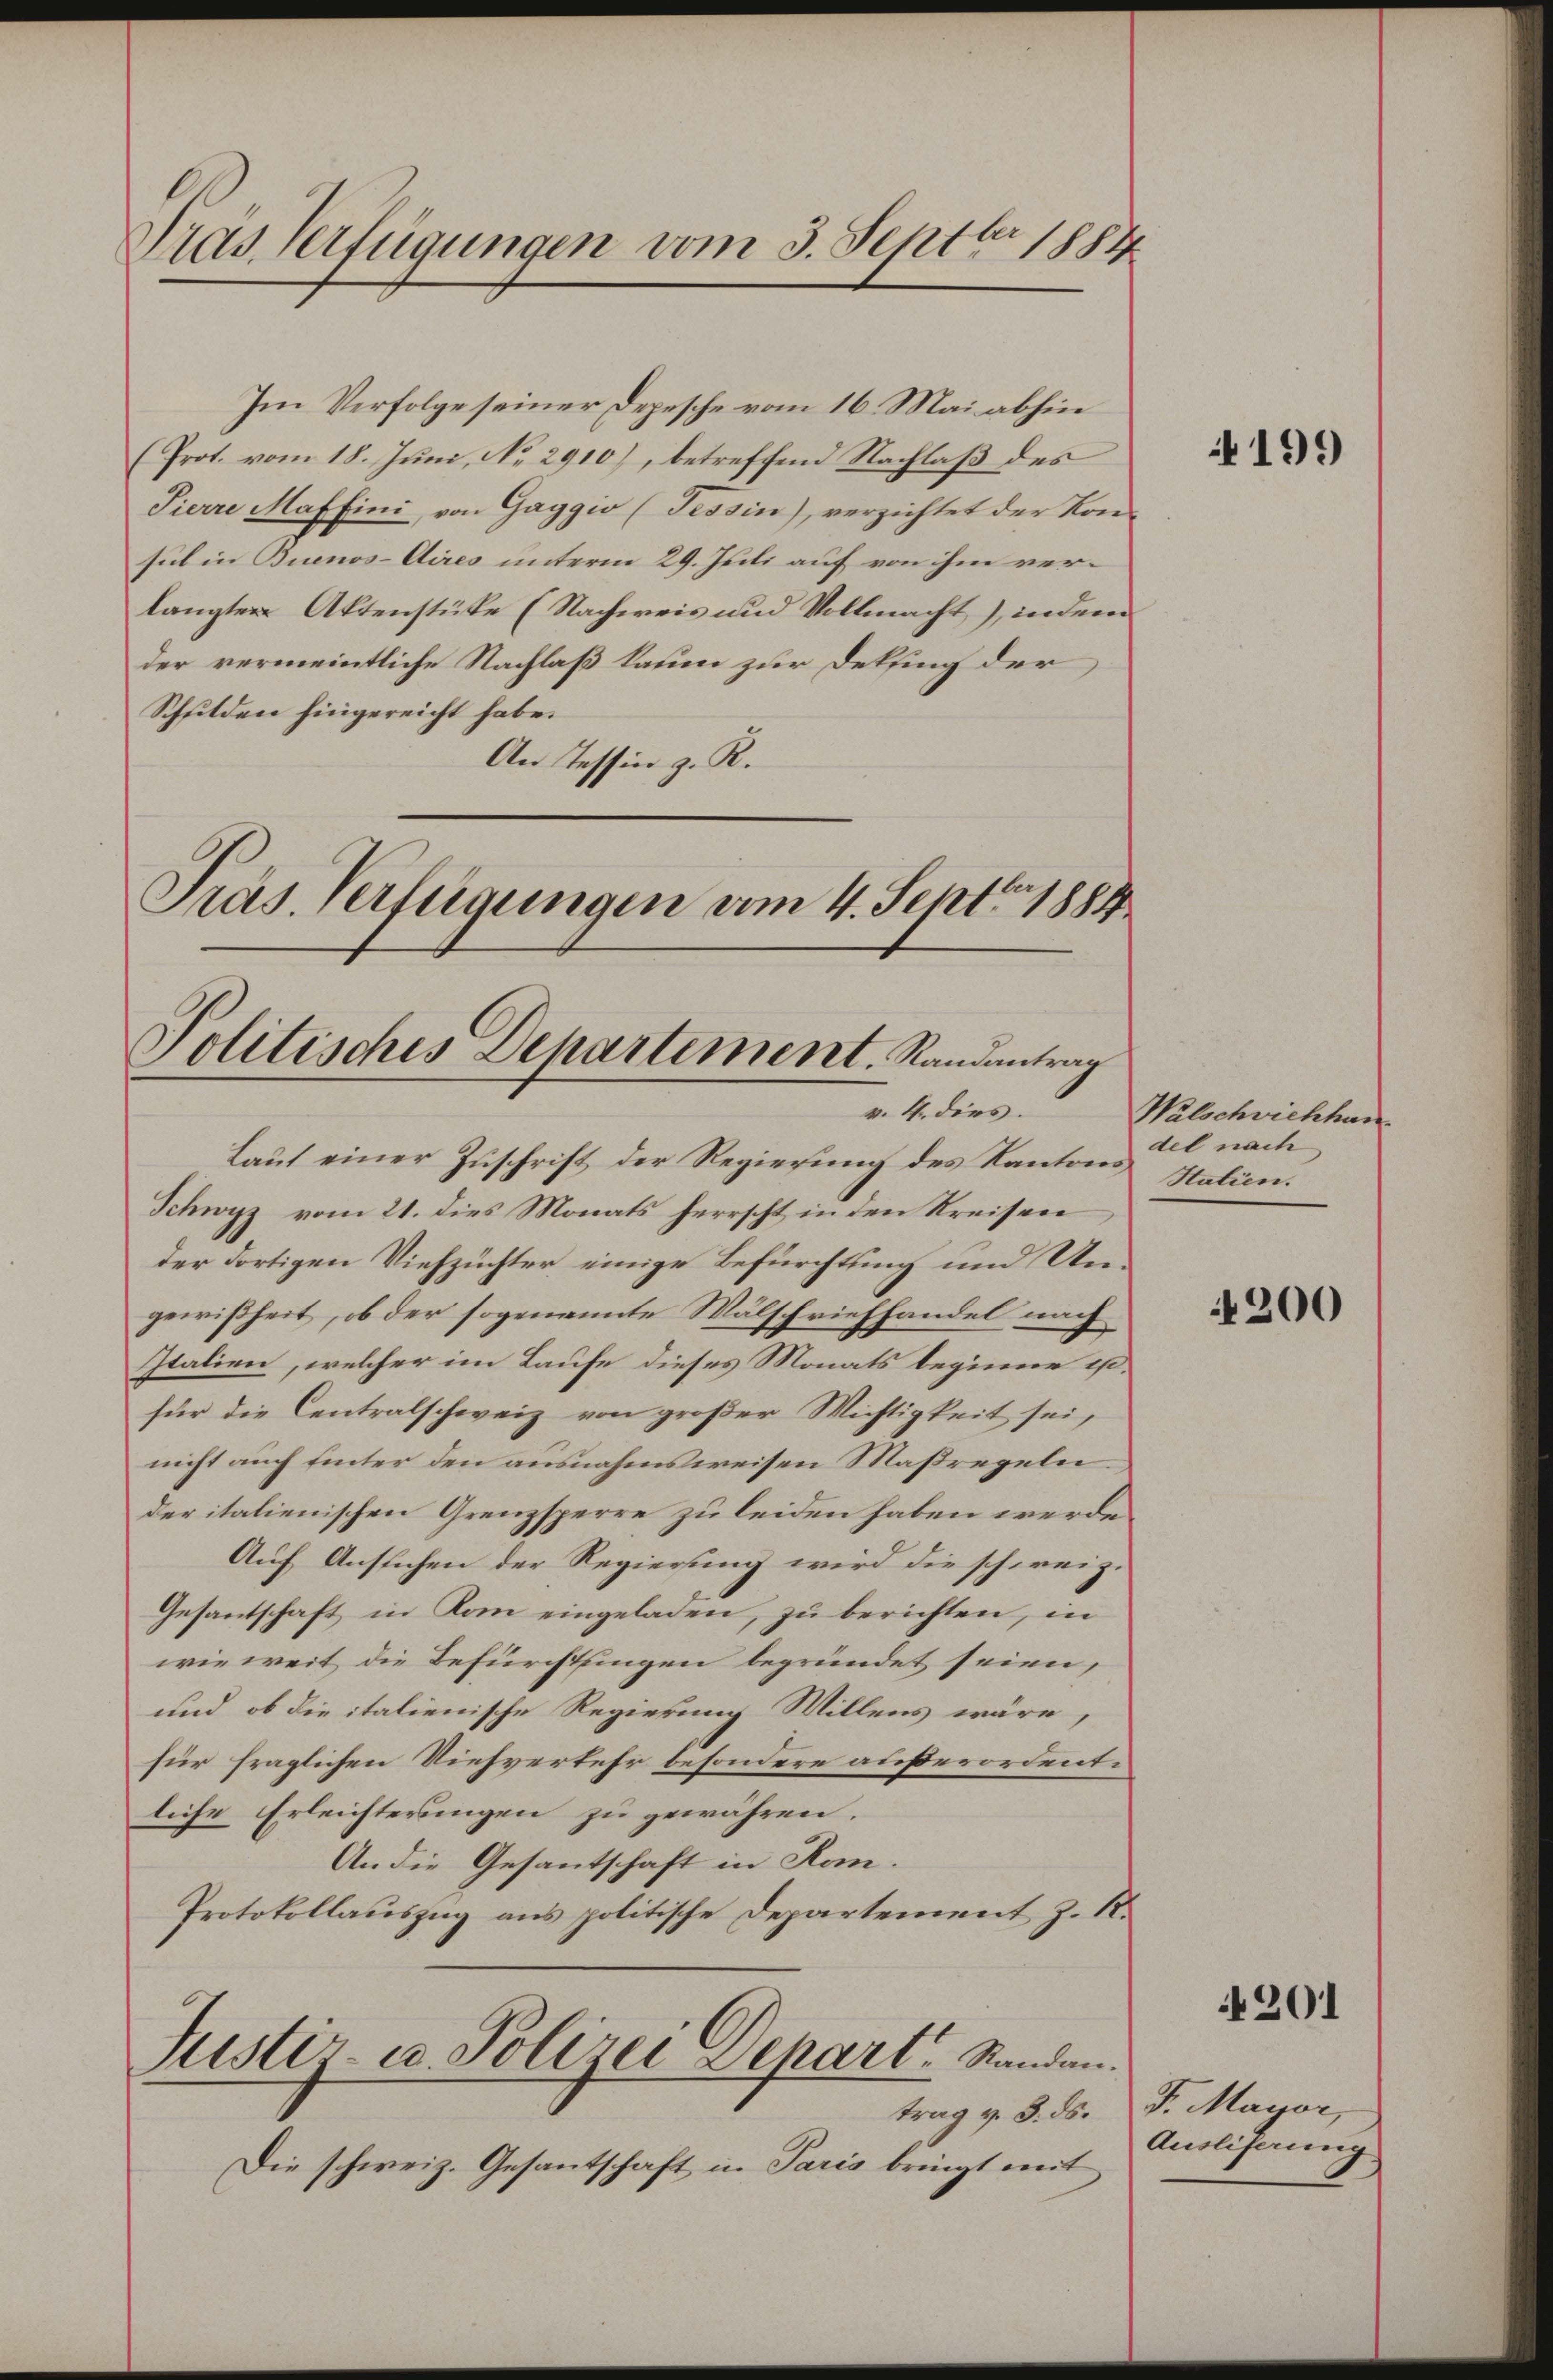
Tras Verfügungen vom 3. Septbr. 1884

Im Verfolge seiner Depesche vom 16. Mai abhin
(Prot. vom 18. Juni, No. 2910), betreffend Nachlaß des
Pierre Maffini, von Gaggio (Tessin), verzichtet der Konsul in Buenos-Aires unterm 29. Juli auf von ihm verlangter Aktenstüke (Nachweis und Vollmacht), indem
der vermeintliche Nachlaß kaum zur Dekfing der
Schulden hingereicht habe.
An Tessin z. R.
Präs. Verfügungen am 4. Sept. 1884

Politisches Departement. Randantrag

Laut einer Zuschrift der Regierung des Kantons Station.
Schwyz vom 21. dies Monats herrscht in den Kreisen
der dortigen Viehzüchter einige Befürchtung und Ungewißheit, ob der sogenannte Wälschriefhandel nach
Italien, welcher im Laufe dieses Monats beginne exfür die Centralschweiz von großer Wichtigkeit sei,
nicht auch hinter den ausnahmsweisen Maßregeln
der italienischen Grenzsperre zu leiden haben werde.
Auf Ansuchen der Regierung wird die schweiz.
Gesantschaft in Kom eingeladen, zu berichten, in
wieweit die Befürchtungen begründet seien,
und ob die italienische Regierung Willens wäre,
für fraglichen Viehverkehr besondere außerordent:
liche Erleichterungen zu gewähren.
An die Gesantschaft in Rom.
Protokollauszug aus politische Departement z. R.

v. 4. dies.

Justiz- u. Polizei Depart Standen.

Die schweiz. Gesantschaft in Paris bringt mit

199

Walschwichhan
del nach

4200

4201

trag v. 3. ds. F. Mayor,
Ausliferung